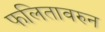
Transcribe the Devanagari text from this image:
फलितावरुन